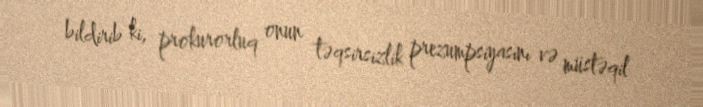
bildirib ki, prokurorluq onun təqsirsizlik prezumpsiyasını və müstəqil